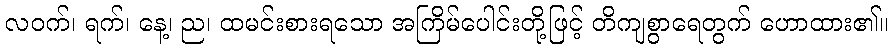
လဝက်၊ ရက်၊ နေ့၊ ည၊ ထမင်းစားရသော အကြိမ်ပေါင်းတို့ဖြင့် တိကျစွာရေတွက် ဟောထား၏။